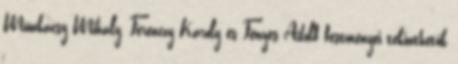
Munkácsy Mihály, Ferenczy Károly és Fényes Adolf festményei tekinthetők